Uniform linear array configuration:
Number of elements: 8
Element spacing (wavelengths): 0.25
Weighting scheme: binomial
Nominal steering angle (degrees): -30
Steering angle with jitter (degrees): -29.621
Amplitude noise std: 0.05
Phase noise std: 0.05

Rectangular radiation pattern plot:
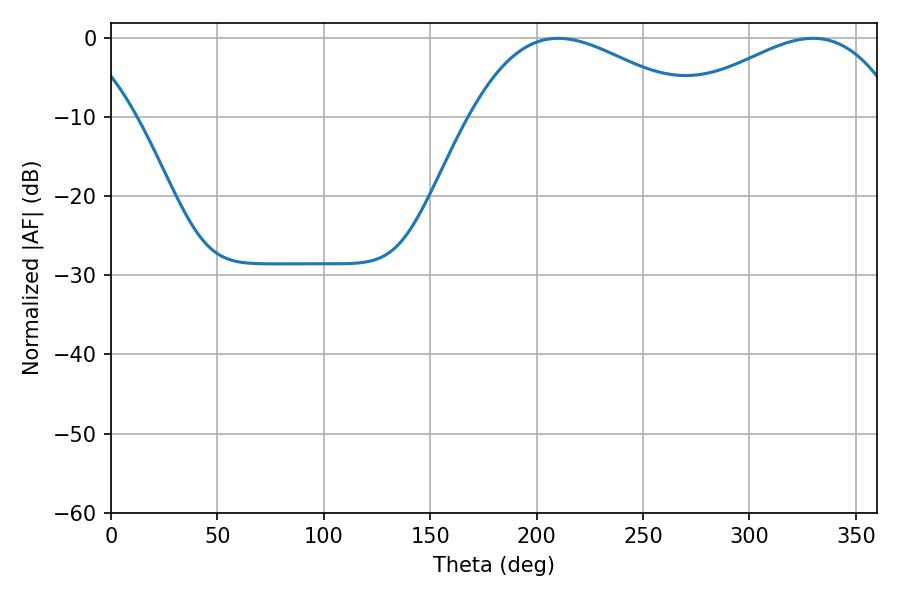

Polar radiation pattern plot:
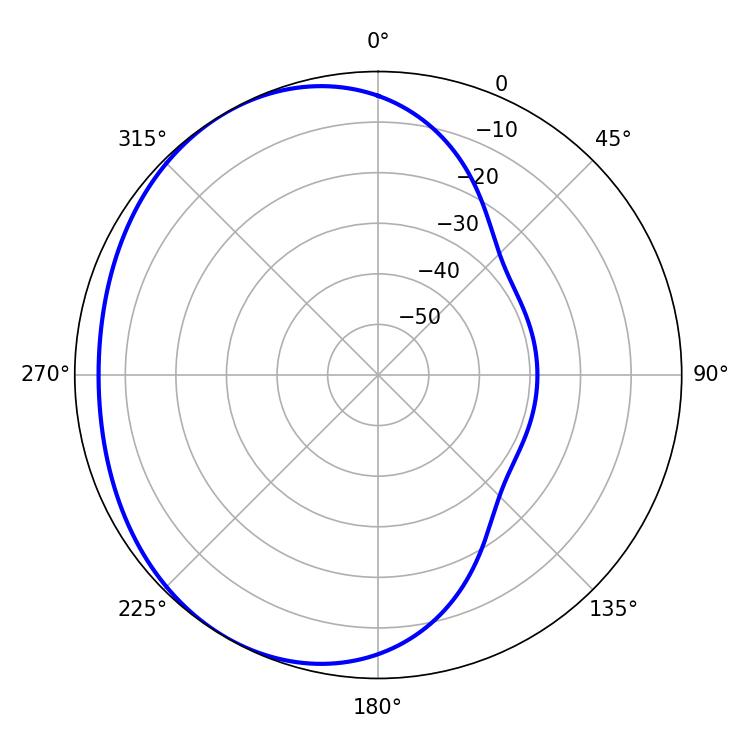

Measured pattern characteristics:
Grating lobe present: FALSE
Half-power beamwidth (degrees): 58.32
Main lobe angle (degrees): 210.06